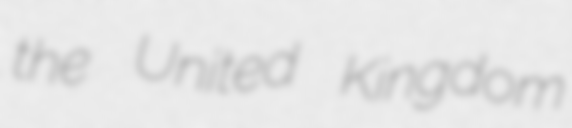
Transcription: the United Kingdom